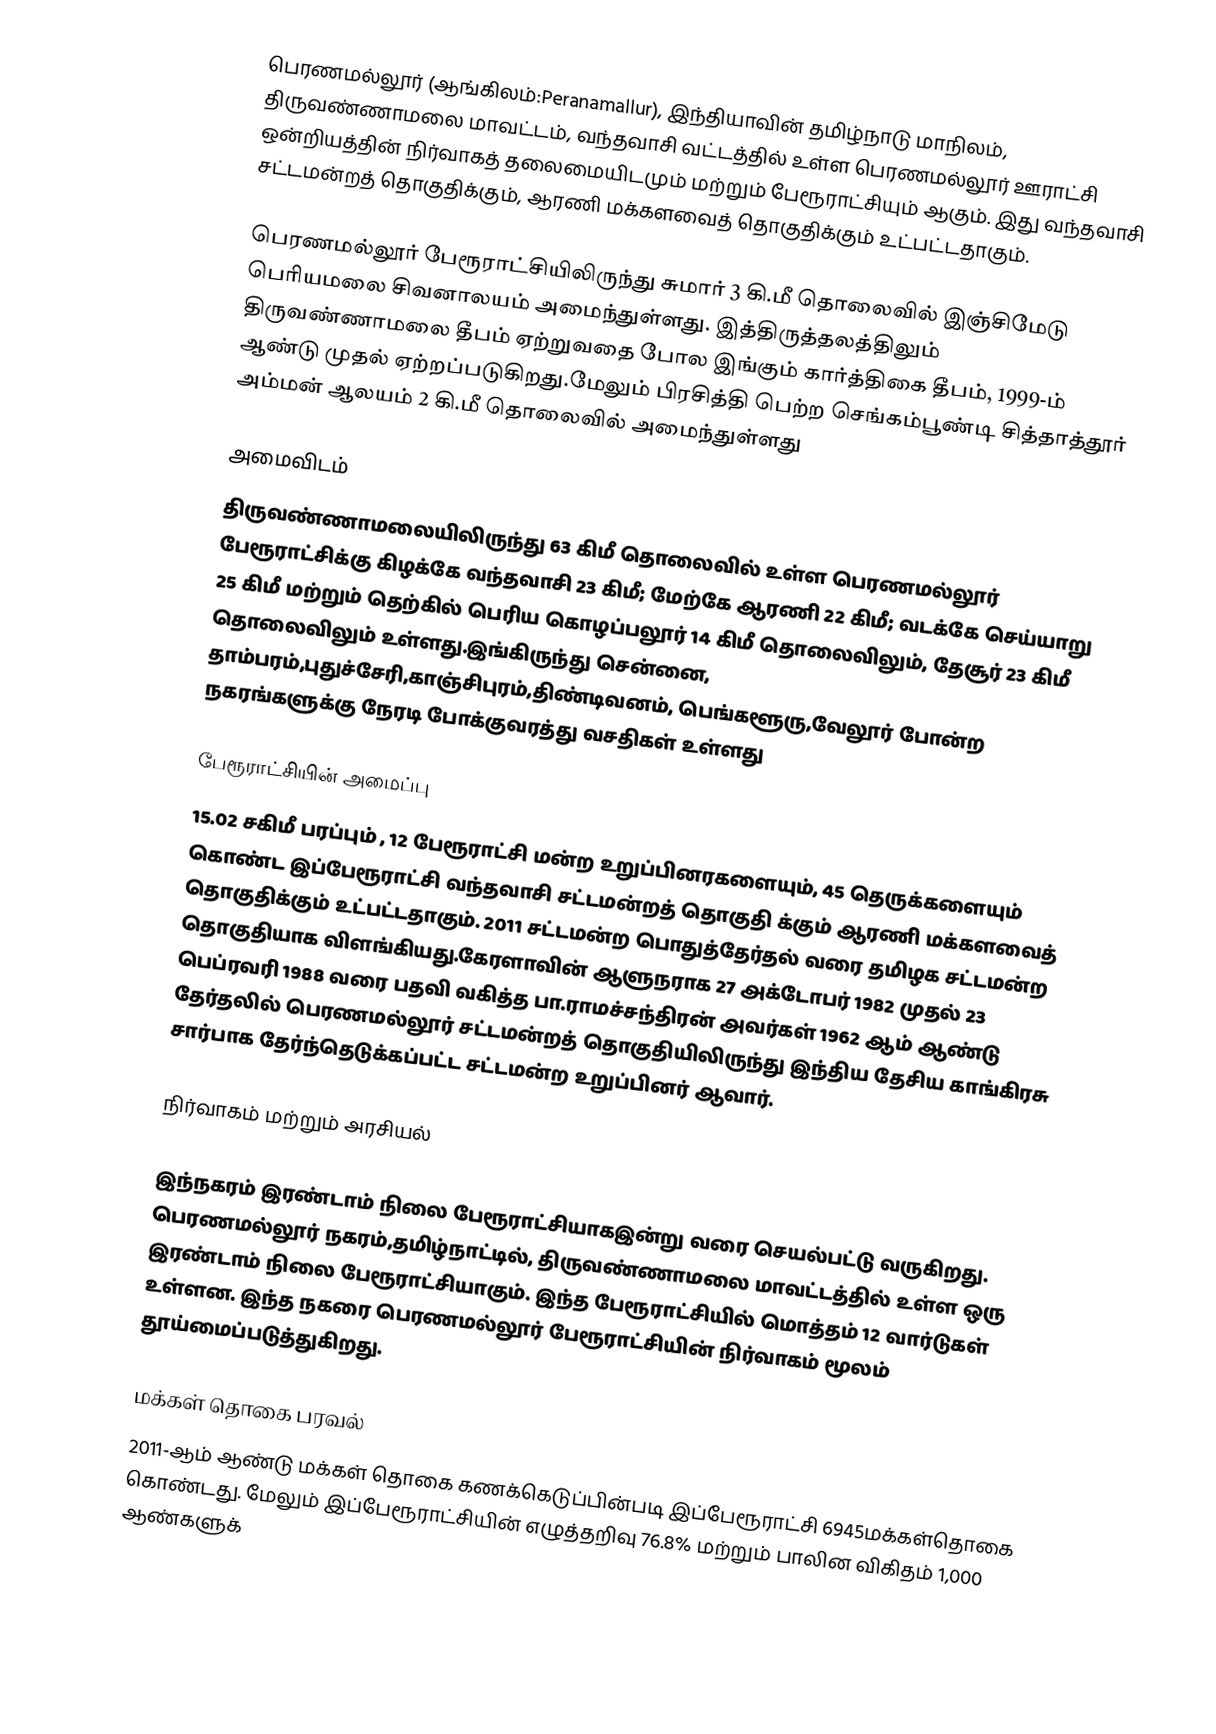
பெரணமல்லூர் (ஆங்கிலம்:Peranamallur), இந்தியாவின் தமிழ்நாடு மாநிலம், திருவண்ணாமலை மாவட்டம், வந்தவாசி வட்டத்தில் உள்ள பெரணமல்லூர் ஊராட்சி ஒன்றியத்தின்  நிர்வாகத் தலைமையிடமும் மற்றும் பேரூராட்சியும் ஆகும். இது வந்தவாசி சட்டமன்றத் தொகுதிக்கும், ஆரணி மக்களவைத் தொகுதிக்கும் உட்பட்டதாகும்.

பெரணமல்லூர் பேரூராட்சியிலிருந்து சுமார் 3 கி.மீ தொலைவில் இஞ்சிமேடு பெரியமலை சிவனாலயம் அமைந்துள்ளது. இத்திருத்தலத்திலும் திருவண்ணாமலை தீபம் ஏற்றுவதை போல இங்கும் கார்த்திகை தீபம், 1999-ம் ஆண்டு முதல் ஏற்றப்படுகிறது.மேலும் பிரசித்தி பெற்ற  செங்கம்பூண்டி சித்தாத்தூர் அம்மன் ஆலயம் 2 கி.மீ  தொலைவில் அமைந்துள்ளது

அமைவிடம்
திருவண்ணாமலையிலிருந்து 63 கிமீ தொலைவில் உள்ள பெரணமல்லூர் பேரூராட்சிக்கு கிழக்கே வந்தவாசி 23 கிமீ; மேற்கே ஆரணி 22 கிமீ; வடக்கே செய்யாறு 25 கிமீ மற்றும் தெற்கில் பெரிய கொழப்பலூர் 14 கிமீ தொலைவிலும், தேசூர் 23 கிமீ தொலைவிலும் உள்ளது.இங்கிருந்து சென்னை, தாம்பரம்,புதுச்சேரி,காஞ்சிபுரம்,திண்டிவனம், பெங்களூரு,வேலூர் போன்ற நகரங்களுக்கு நேரடி போக்குவரத்து வசதிகள் உள்ளது

பேரூராட்சியின் அமைப்பு
15.02 சகிமீ பரப்பும் , 12 பேரூராட்சி மன்ற உறுப்பினரகளையும்,  45 தெருக்களையும் கொண்ட  இப்பேரூராட்சி வந்தவாசி சட்டமன்றத் தொகுதி க்கும் ஆரணி மக்களவைத் தொகுதிக்கும் உட்பட்டதாகும்.  2011 சட்டமன்ற  பொதுத்தேர்தல் வரை தமிழக சட்டமன்ற தொகுதியாக விளங்கியது.கேரளாவின் ஆளுநராக 27 அக்டோபர் 1982 முதல் 23 பெப்ரவரி 1988 வரை பதவி வகித்த பா.ராமச்சந்திரன் அவர்கள் 1962 ஆம் ஆண்டு தேர்தலில் பெரணமல்லூர் சட்டமன்றத் தொகுதியிலிருந்து இந்திய தேசிய காங்கிரசு சார்பாக தேர்ந்தெடுக்கப்பட்ட சட்டமன்ற உறுப்பினர் ஆவார்.

நிர்வாகம் மற்றும் அரசியல்

இந்நகரம் இரண்டாம் நிலை பேரூராட்சியாகஇன்று வரை செயல்பட்டு வருகிறது. பெரணமல்லூர் நகரம்,தமிழ்நாட்டில், திருவண்ணாமலை மாவட்டத்தில் உள்ள ஒரு இரண்டாம் நிலை பேரூராட்சியாகும். இந்த பேரூராட்சியில் மொத்தம் 12 வார்டுகள் உள்ளன. இந்த நகரை பெரணமல்லூர் பேரூராட்சியின் நிர்வாகம் மூலம் தூய்மைப்படுத்துகிறது.

மக்கள் தொகை பரவல்
2011-ஆம் ஆண்டு மக்கள் தொகை கணக்கெடுப்பின்படி இப்பேரூராட்சி 6945மக்கள்தொகை கொண்டது. மேலும் இப்பேரூராட்சியின் எழுத்தறிவு 76.8% மற்றும்  பாலின விகிதம் 1,000 ஆண்களுக்